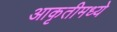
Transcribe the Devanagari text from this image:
आकृतीमध्ये